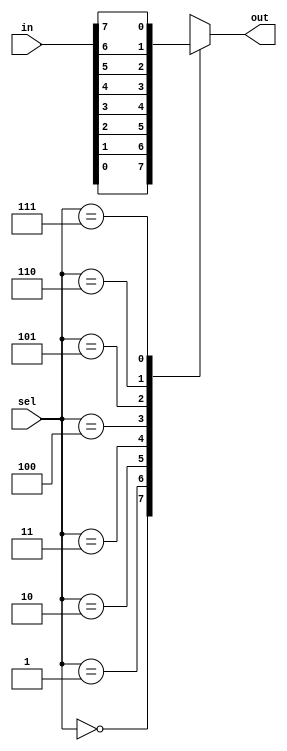
module mux8to1(in,sel,out);
    input [7:0] in;
    input [2:0] sel;
    output reg out;
    always@(*) begin
        case(sel)
        3'b000 : out=in[0];
        3'b001 : out=in[1];
        3'b010 : out=in[2];
        3'b011 : out=in[3];
        3'b100 : out=in[4];
        3'b101 : out=in[5];
        3'b110 : out=in[6];
        3'b111 : out=in[7];
        endcase
    end
endmodule